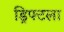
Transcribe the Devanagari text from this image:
ड्रिफ्टला